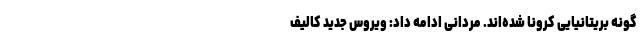
گونه بریتانیایی کرونا شده‌اند. مردانی ادامه داد: ویروس جدید کالیف